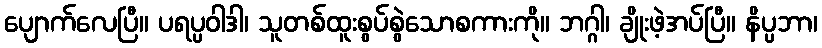
ပျောက်လေပြီ။ ပရပ္ပဝါဒါ၊ သူတစ်ထူးစွပ်စွဲသောစကားကို။ ဘဂ္ဂါ၊ ချိုးဖဲ့အပ်ပြီ။ နိပ္ပဘာ၊